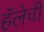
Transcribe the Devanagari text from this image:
हॅलेची